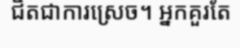
ជិតជាការស្រេច។ អ្នកគួរតែ